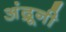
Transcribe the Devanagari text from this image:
अंद्रूनी